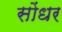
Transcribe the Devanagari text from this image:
सोंधर